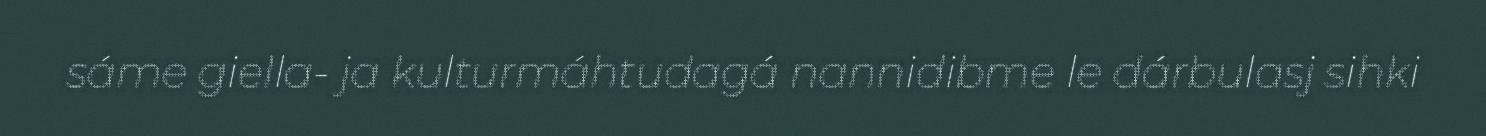
sáme giella- ja kulturmáhtudagá nannidibme le dárbulasj sihki